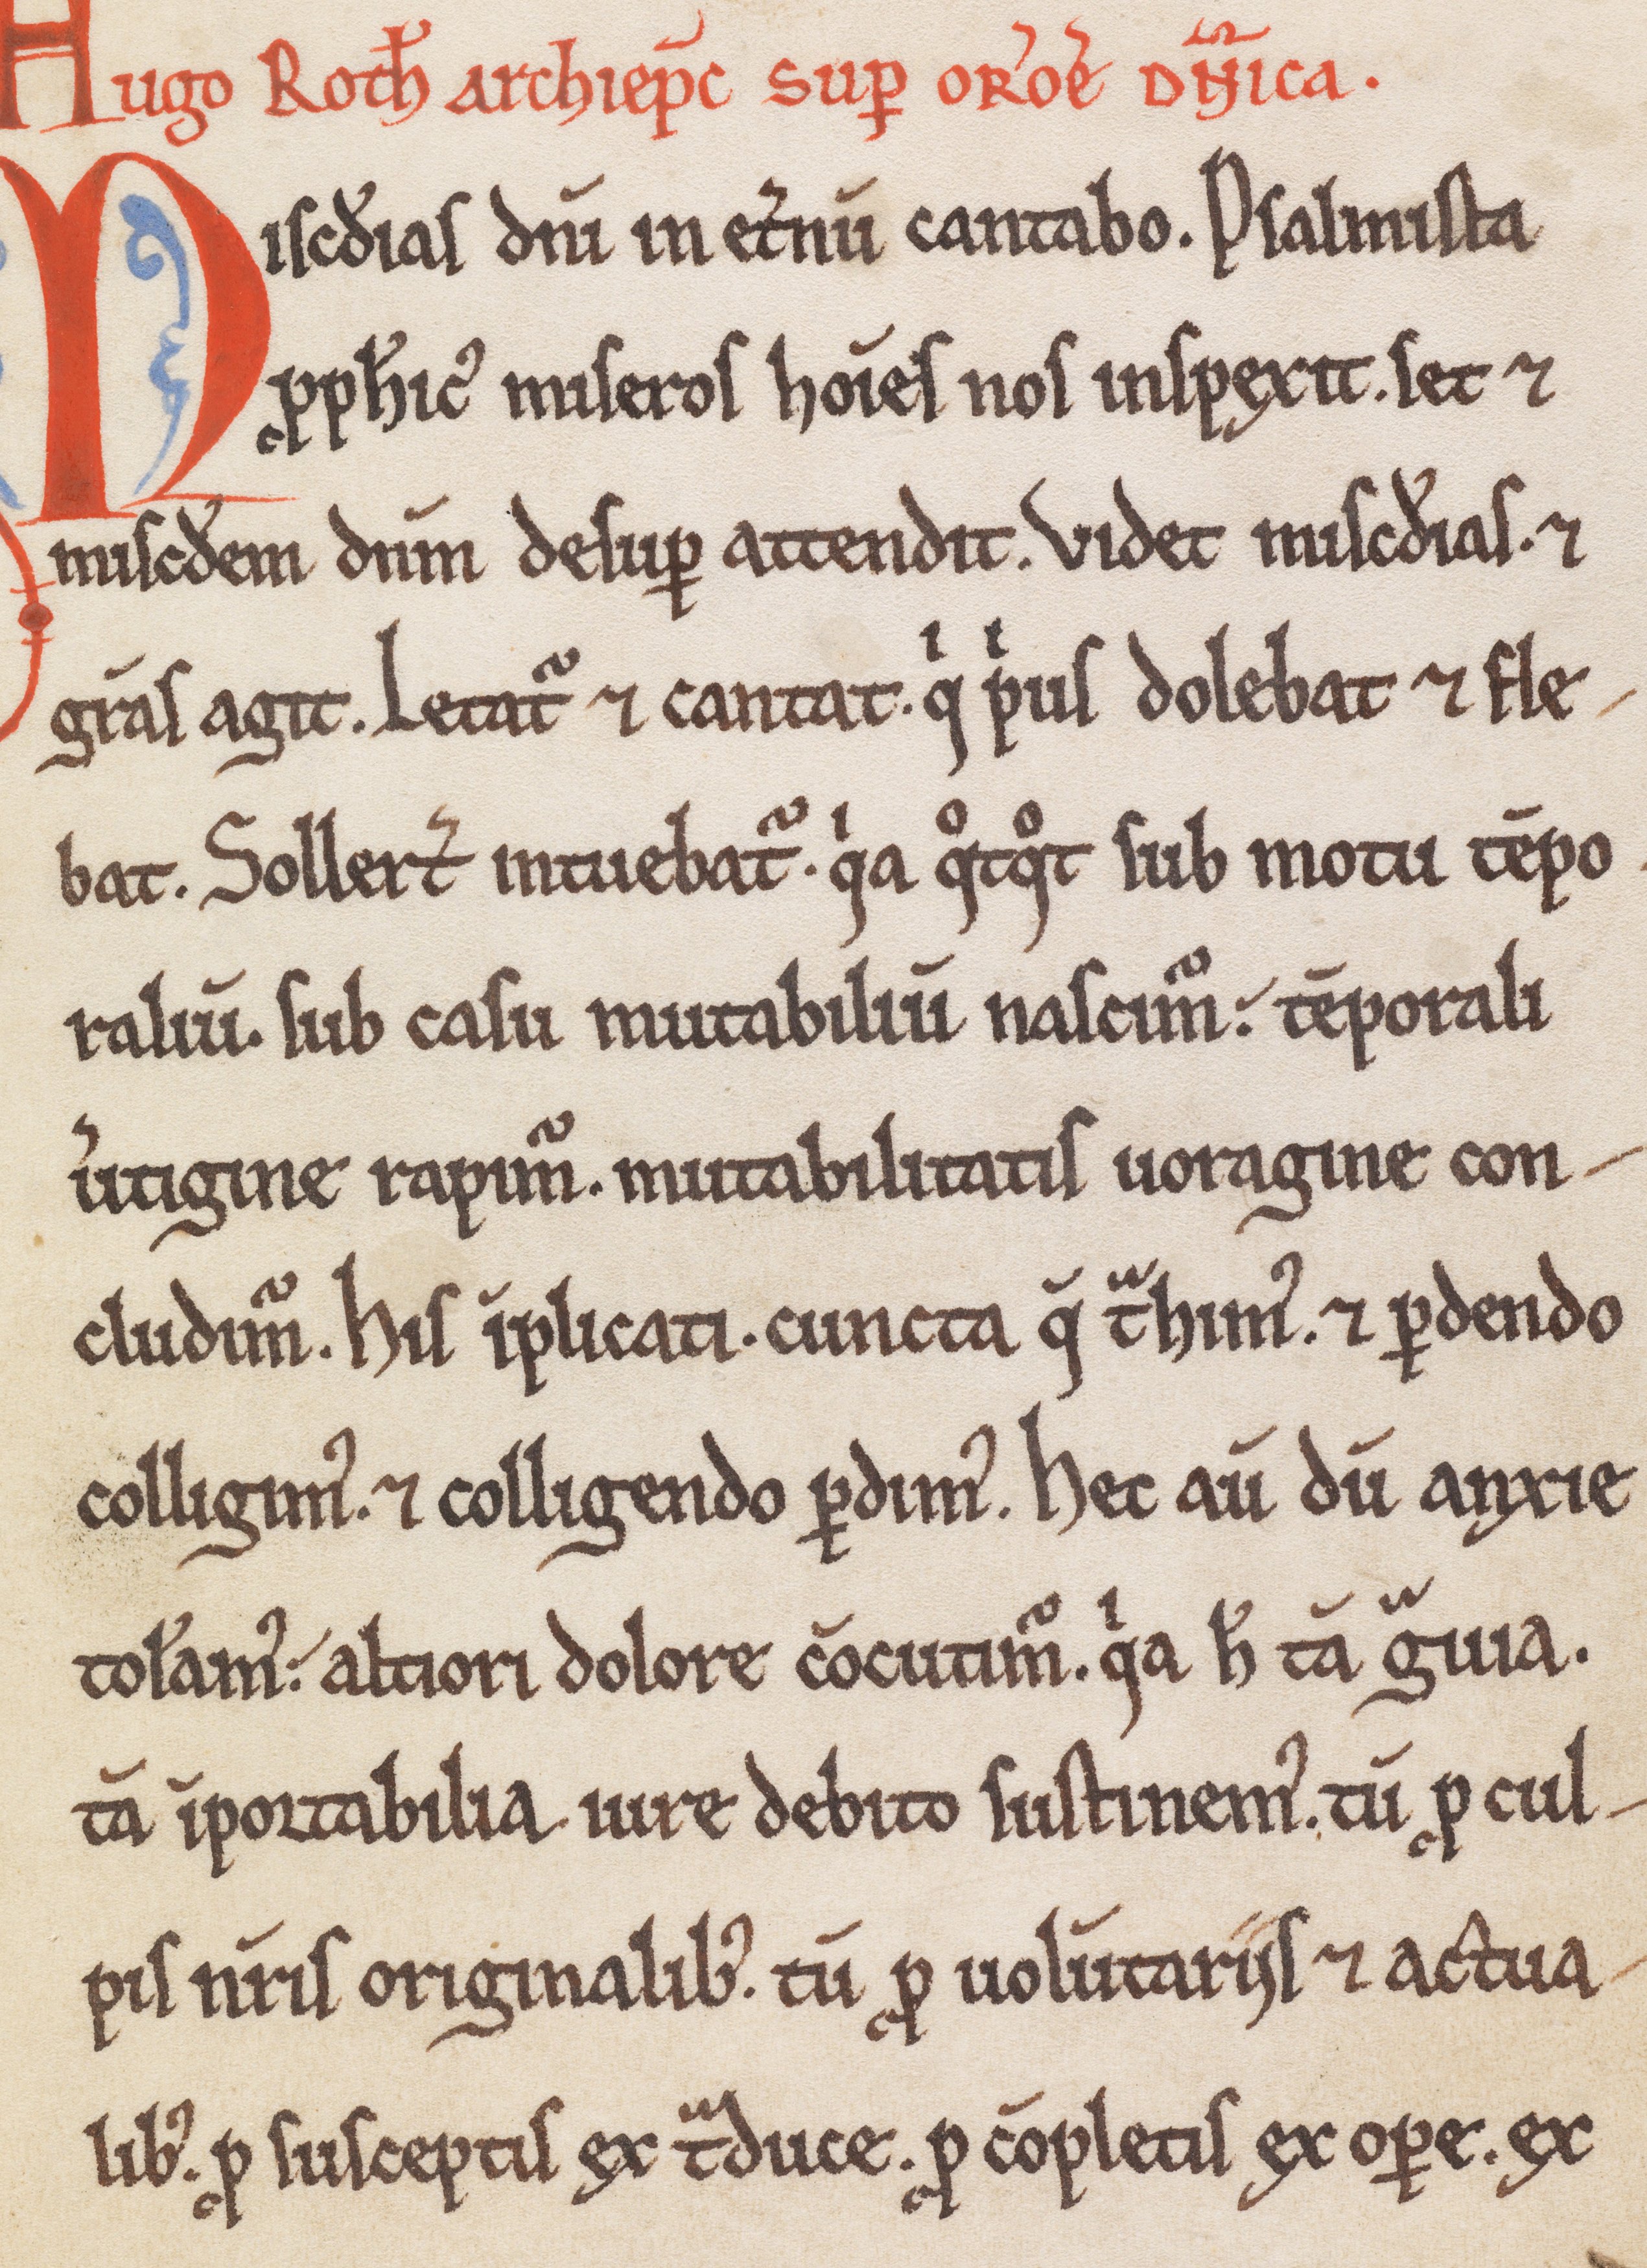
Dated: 1180–1199